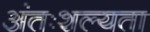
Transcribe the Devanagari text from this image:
अंतःशल्यता